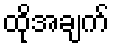
ထိုအချက်